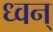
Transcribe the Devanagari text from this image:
ध्वन्